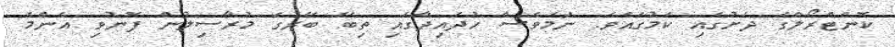
ކޮންޓްރޯލްގެ ދަށުގައި ކަމުގައެވެ. ނަމަވެސް ހުދައިދާގައި ތިބޭ ބޭރުގެ މުރާސިލުން ފޮނުވި އެންމެ